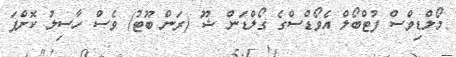
މޯލްޑިވްސް ފުޓްބޯލް އެވޯޑްސްގެ ގޯލްޑަން ޝޫ (ރަން ބޫޓު) ވެސް ހާސިލު ކޮށްފަ